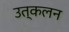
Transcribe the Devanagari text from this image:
उत्‍कलन